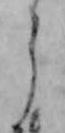
う